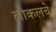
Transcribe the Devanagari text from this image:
लोकलचे